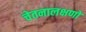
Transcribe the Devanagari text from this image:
चेतनालक्षणो